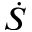
\dot { S }